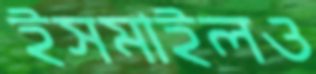
ইসমাইলও